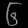
Digit: ၆